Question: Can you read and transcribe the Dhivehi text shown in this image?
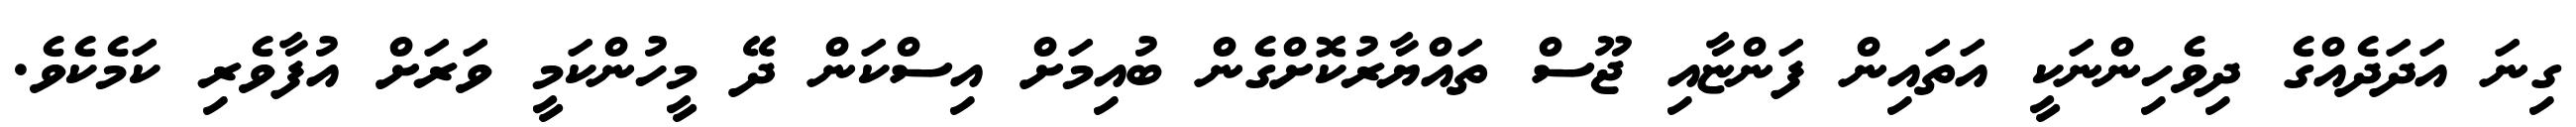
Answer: ގިނަ އަދަދެއްގެ ދިވެހިންނަކީ އަތައިން ފަންޏާއި ޖޫސް ތައްޔާރުކޮށްގެން ބުއިމަށް އިސްކަން ދޭ މީހުންކަމީ ވަރަށް އުފާވެރި ކަމެކެވެ.